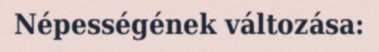
Népességének változása: